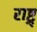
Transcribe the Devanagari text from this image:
राष्ट्र्